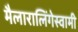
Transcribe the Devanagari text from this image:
मैलारालिंगेस्वामी